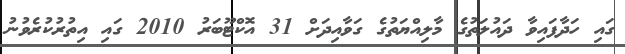
ގައި ހަދާފައިވާ ދައުލަތުގެ މާލިއްޔަތުގެ ގަވާއިދަށް 31 އޮކްޓޫބަރު 2010 ގައި އިތުރުކުރެވުނު